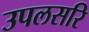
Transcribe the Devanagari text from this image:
उपलसरि